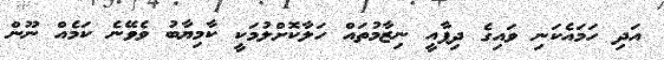
އަދި ހަމައެކަނި ވައިގެ ދިފާއީ ނިޒާމުތައް ހަލާކޮށްލުމަކީ ކާމިޔާބު ވެވޭނެ ކަމެއް ނޫން